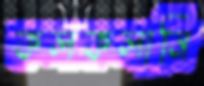
কলকলানি